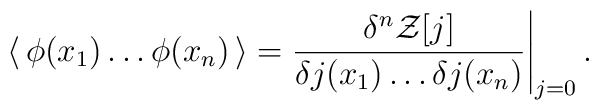
\langle\, \phi(x_1)\dots\phi(x_n) \,\rangle= \frac{\delta^n {\cal Z}[j]}{\delta j(x_1) \dots \delta j(x_n) }\Bigg|_{j=0} \,.